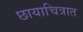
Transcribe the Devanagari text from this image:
छायाचित्रात